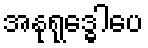
အနုရုဒ္ဓေါပေ